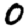
Digit: 0